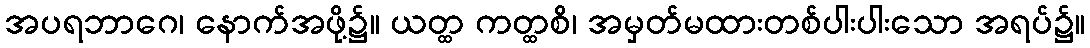
အပရဘာဂေ၊ နောက်အဖို့၌။ ယတ္ထ ကတ္ထစိ၊ အမှတ်မထားတစ်ပါးပါးသော အရပ်၌။